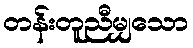
တန်းတူညီမျှသော